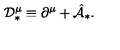
{ \cal D } _ { \ast } ^ { \mu } \equiv \partial ^ { \mu } + \hat { \cal A } _ { \ast } .